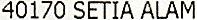
40170 SETIA ALAM